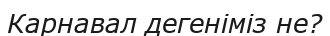
Карнавал дегеніміз не?